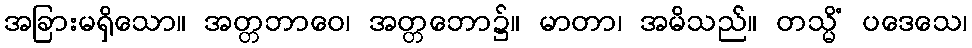
အခြားမရှိသော။ အတ္တဘာဝေ၊ အတ္တဘော၌။ မာတာ၊ အမိသည်။ တသ္မိံ ပဒေသေ၊